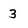
Character: 3